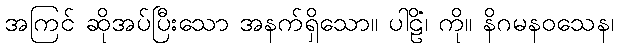
အကြင် ဆိုအပ်ပြီးသော အနက်ရှိသော။ ပါဠိံ၊ ကို။ နိဂမနဝသေန၊